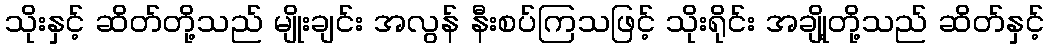
သိုးနှင့် ဆိတ်တို့သည် မျိုးချင်း အလွန် နီးစပ်ကြသဖြင့် သိုးရိုင်း အချို့တို့သည် ဆိတ်နှင့်